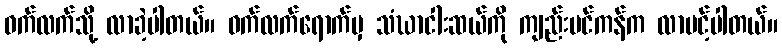
ဝက်လက်သို့ လာခဲ့ပါတယ်။ ဝက်လက်ရောက်မှ သံဃာငါးဆယ်ကို ကျည်းပင်ကန်က လာပင့်ပါတယ်။